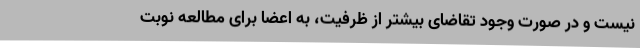
نیست و در صورت وجود تقاضای بیشتر از ظرفیت، به اعضا برای مطالعه نوبت